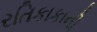
રતિકાકાની